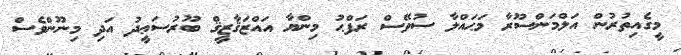
މީގެއިތުރުން އަލްމަންސޫރާ މަޙައްލާ ސުވޭސް ރަފްޙު މިންޔާ އައްޒަޤާޒީޤް ބޫރުސަޢީދު އަދި މިނޫންވެސް